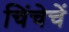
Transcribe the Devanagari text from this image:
चिंचेचें